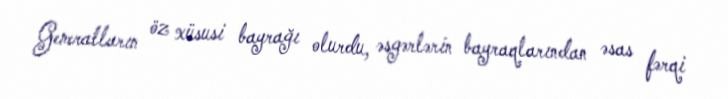
Generalların öz xüsusi bayrağı olurdu, əsgərlərin bayraqlarından əsas fərqi